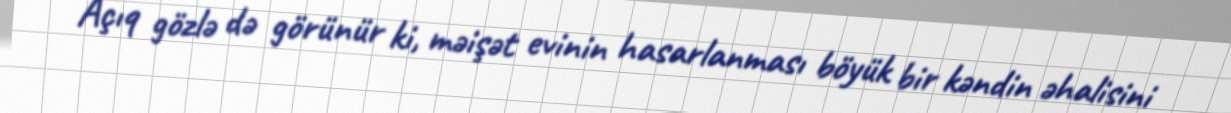
Açıq gözlə də görünür ki, məişət evinin hasarlanması böyük bir kəndin əhalisini